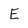
Character: E